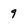
Character: 9